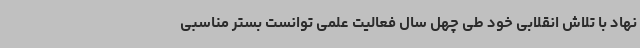
نهاد با تلاش انقلابی خود طی چهل سال فعالیت علمی توانست بستر مناسبی